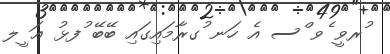
ުރވީ ެވ ްސ އެ ހަނ ުގރާމައިގައި ބޭބޭ ުފޅު ޢަ ީލ